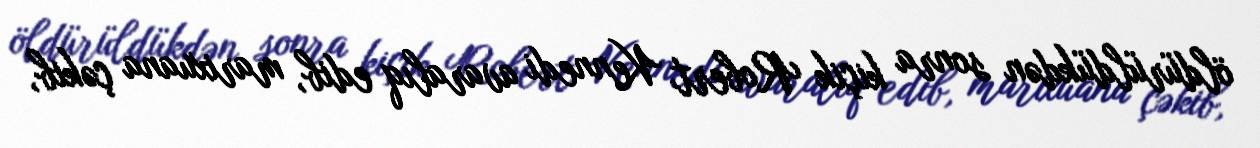
öldürüldükdən sonra kiçik Robert Kennedi avaralıq edib, marixuana çəkib,